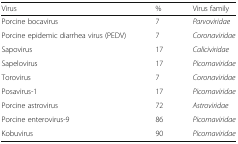
<table><thead><tr><td><b>Virus</b></td><td><b>%</b></td><td><b>Virus family</b></td></tr></thead><tbody><tr><td>Porcine bocavirus</td><td>7</td><td><i>Parvoviridae</i></td></tr><tr><td>Porcine epidemic diarrhea virus (PEDV)</td><td>7</td><td><i>Coronaviridae</i></td></tr><tr><td>Sapovirus</td><td>17</td><td><i>Caliciviridae</i></td></tr><tr><td>Sapelovirus</td><td>17</td><td><i>Picornaviridae</i></td></tr><tr><td>Torovirus</td><td>7</td><td><i>Coronaviridae</i></td></tr><tr><td>Posavirus-1</td><td>17</td><td><i>Picornaviridae</i></td></tr><tr><td>Porcine astrovirus</td><td>72</td><td><i>Astroviridae</i></td></tr><tr><td>Porcine enterovirus-9</td><td>86</td><td><i>Picornaviridae</i></td></tr><tr><td>Kobuvirus</td><td>90</td><td><i>Picornaviridae</i></td></tr></tbody></table>